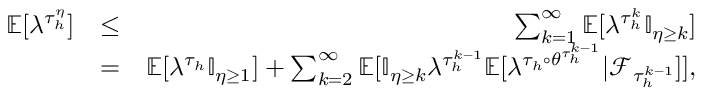
\begin{array} { r l r } { \mathbb { E } [ \lambda ^ { \tau _ { h } ^ { \eta } } ] } & { \le } & { \sum _ { k = 1 } ^ { \infty } \mathbb { E } [ \lambda ^ { \tau _ { h } ^ { k } } \mathbb { I } _ { \eta \ge k } ] } \\ & { = } & { \mathbb { E } [ \lambda ^ { \tau _ { h } } \mathbb { I } _ { \eta \ge 1 } ] + \sum _ { k = 2 } ^ { \infty } \mathbb { E } [ \mathbb { I } _ { \eta \ge k } \lambda ^ { \tau _ { h } ^ { k - 1 } } \mathbb { E } [ \lambda ^ { \tau _ { h } \circ \theta ^ { \tau _ { h } ^ { k - 1 } } } | { \mathcal F } _ { \tau _ { h } ^ { k - 1 } } ] ] , } \end{array}